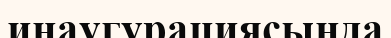
инаугурациясында